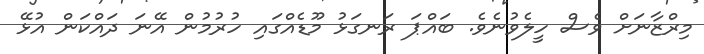
މިރްޒާނަށް ވެސް ހީލެވުނެވެ. ބައްޕަ ރަނގަޅު މޫޑެއްގައި ހުރުމުން އޭނަ ދައްކަން އުޅޭ